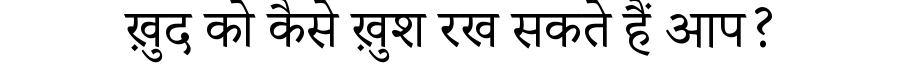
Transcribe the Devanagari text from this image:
ख़ुद को कैसे ख़ुश रख सकते हैं आप?